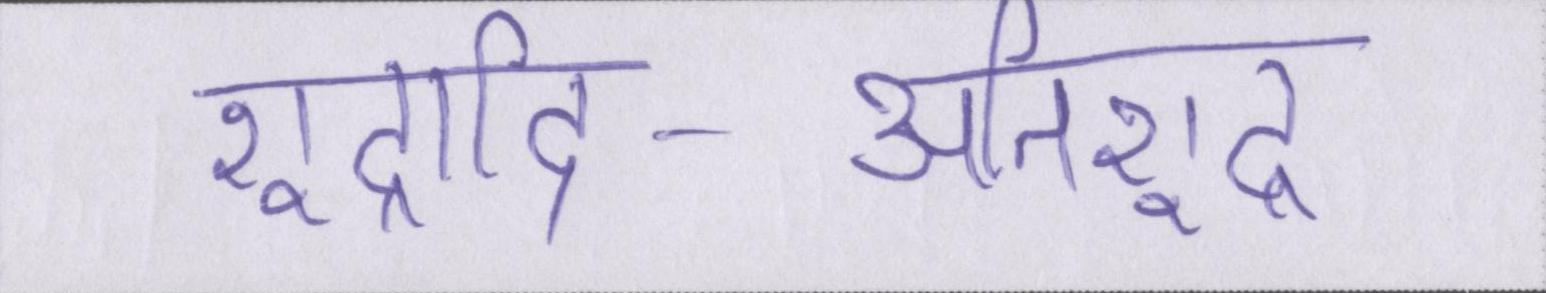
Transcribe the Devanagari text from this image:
शूद्रादि-अतिशूद्र